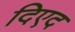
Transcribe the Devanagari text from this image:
दिएद